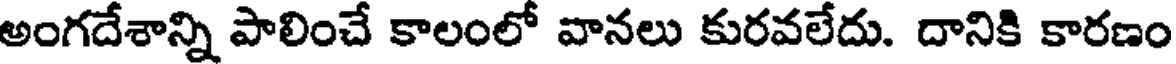
అంగదేశాన్ని పాలించే కాలంలో వానలు కురవలేదు. దానికి కారణం